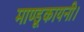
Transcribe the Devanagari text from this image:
माण्डूकायनी।